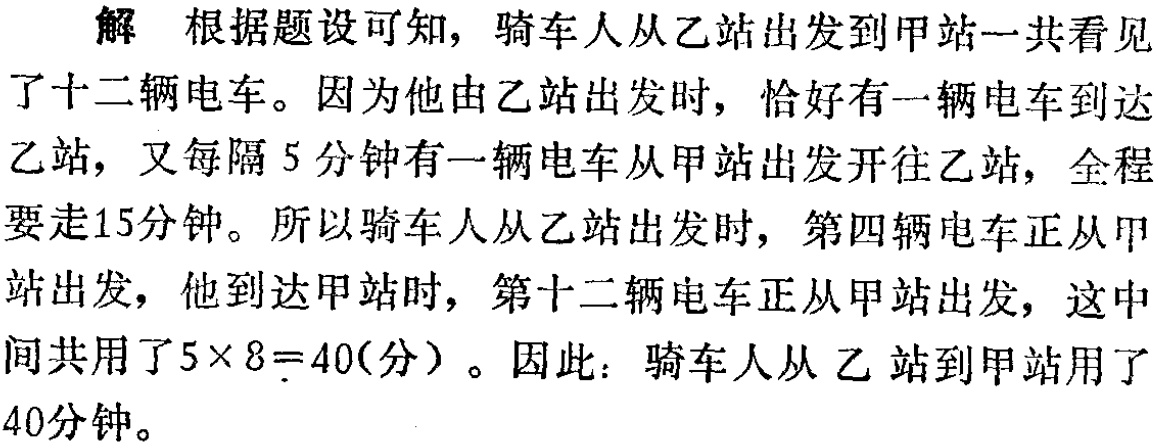
解 根据题设可知，骑车人从乙站出发到甲站一共看见了十二辆电车。因为他由乙站出发时，恰好有一辆电车到达乙站，又每隔5分钟有一辆电车从甲站出发开往乙站，全程要走15分钟。所以骑车人从乙站出发时，第四辆电车正从甲站出发，他到达甲站时，第十二辆电车正从甲站出发，这中间共用了\(5\times 8 = 40\)(分)。因此：骑车人从乙站到甲站用了40分钟。